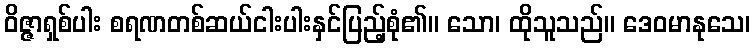
ဝိဇ္ဇာရှစ်ပါး စရဏတစ်ဆယ်ငါးပါးနှင်ပြည့်စုံ၏။ သော၊ ထိုသူသည်။ ဒေဝမာနုသေ၊